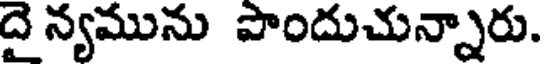
దై న్యమును పొందుచున్నారు.